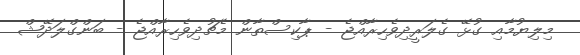
މިލިޔުމާއި ގުޅޭ ގެލަރީދިވެހިރާއްޖެ - ޕާކިސްތާން މެޗުދިވެހިރާއްޖެ - ބަންގްލަދޭޝް